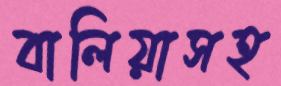
বালিয়াসহ